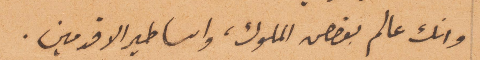
وانك عالم بقصص الملوك، واساطير الافدمين.